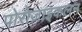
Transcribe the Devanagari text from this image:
पोरोज़ाइकलन